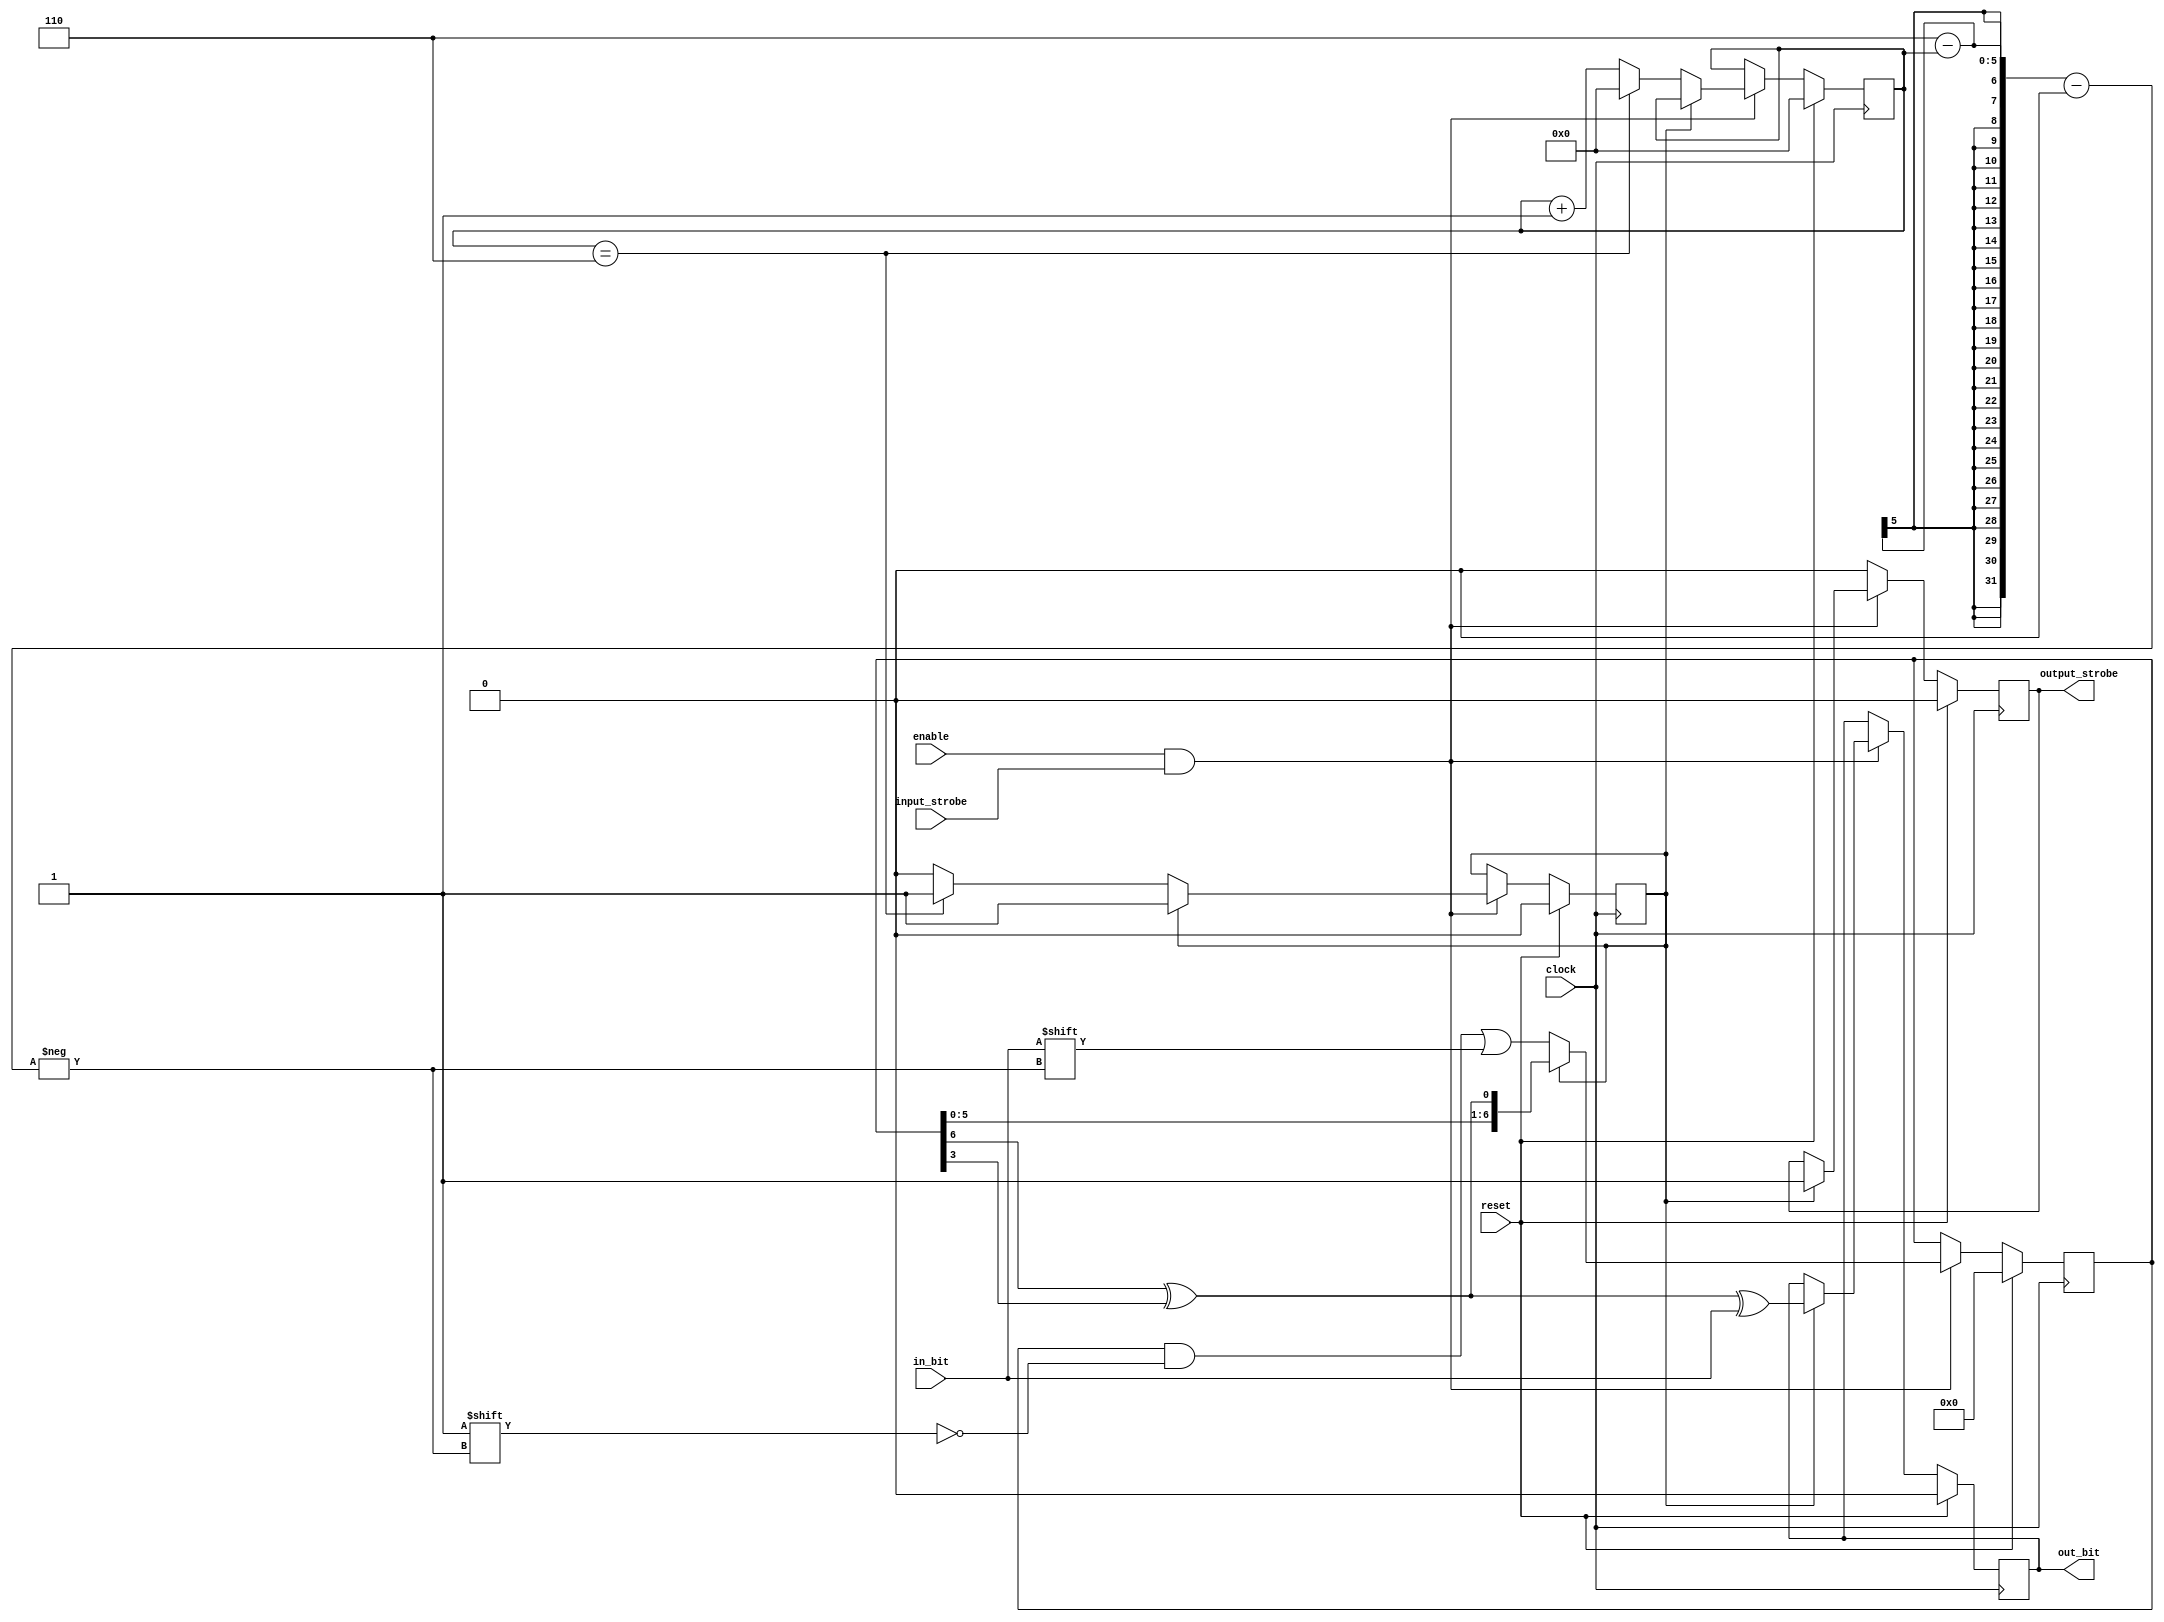
module descramble
(
    input clock,
    input enable,
    input reset,

    input in_bit,
    input input_strobe,

    output reg out_bit,
    output reg output_strobe
);

reg [6:0] state;
reg [4:0] bit_count;

reg inited;

wire feedback = state[6] ^ state[3];

always @(posedge clock) begin
    if (reset) begin
        bit_count <= 0;
        state <= 0;
        inited <= 0;
        out_bit <= 0;
        output_strobe <= 0;
    end else if (enable & input_strobe) begin
        if (!inited) begin
            state[6-bit_count] <= in_bit;
            if (bit_count == 6) begin
                bit_count <= 0;
                inited <= 1;
            end else begin
                bit_count <= bit_count + 1;
            end
        end else begin
            out_bit <= feedback ^ in_bit;
            output_strobe <= 1;
            state <= {state[5:0], feedback};
        end
    end else begin
        output_strobe <= 0;
    end
end

endmodule